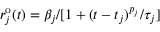
r _ { j } ^ { \mathrm { o } } ( t ) = \beta _ { j } / [ 1 + ( t - t _ { j } ) ^ { p _ { j } } / \tau _ { j } ]